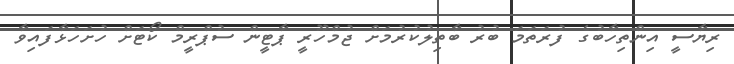
ރިޔާސީ އިންތިހާބުގެ ފުރަތަމަ ބުރު ބާތިލުކުރުމަށް ޖުމްހޫރީ ޕާޓީން ސުޕްރީމް ކޯޓަށް ހުށަހަޅާފައިވާ